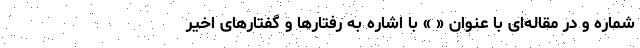
شماره و در مقاله‌ای با عنوان « » با اشاره به رفتارها و گفتارهای اخیر